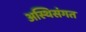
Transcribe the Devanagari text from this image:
अस्थिसंगत